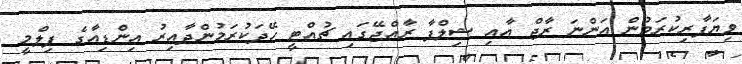
ވިޔަފާރިކުރަމުން އަންނަ ރާޖް އާއި ޝިލްޕާ ރާއްޖޭގައި ޗުއްޓީ ހޭދަކުރަމުންދާއިރު އިންޑިއާގެ ފިލްމީ